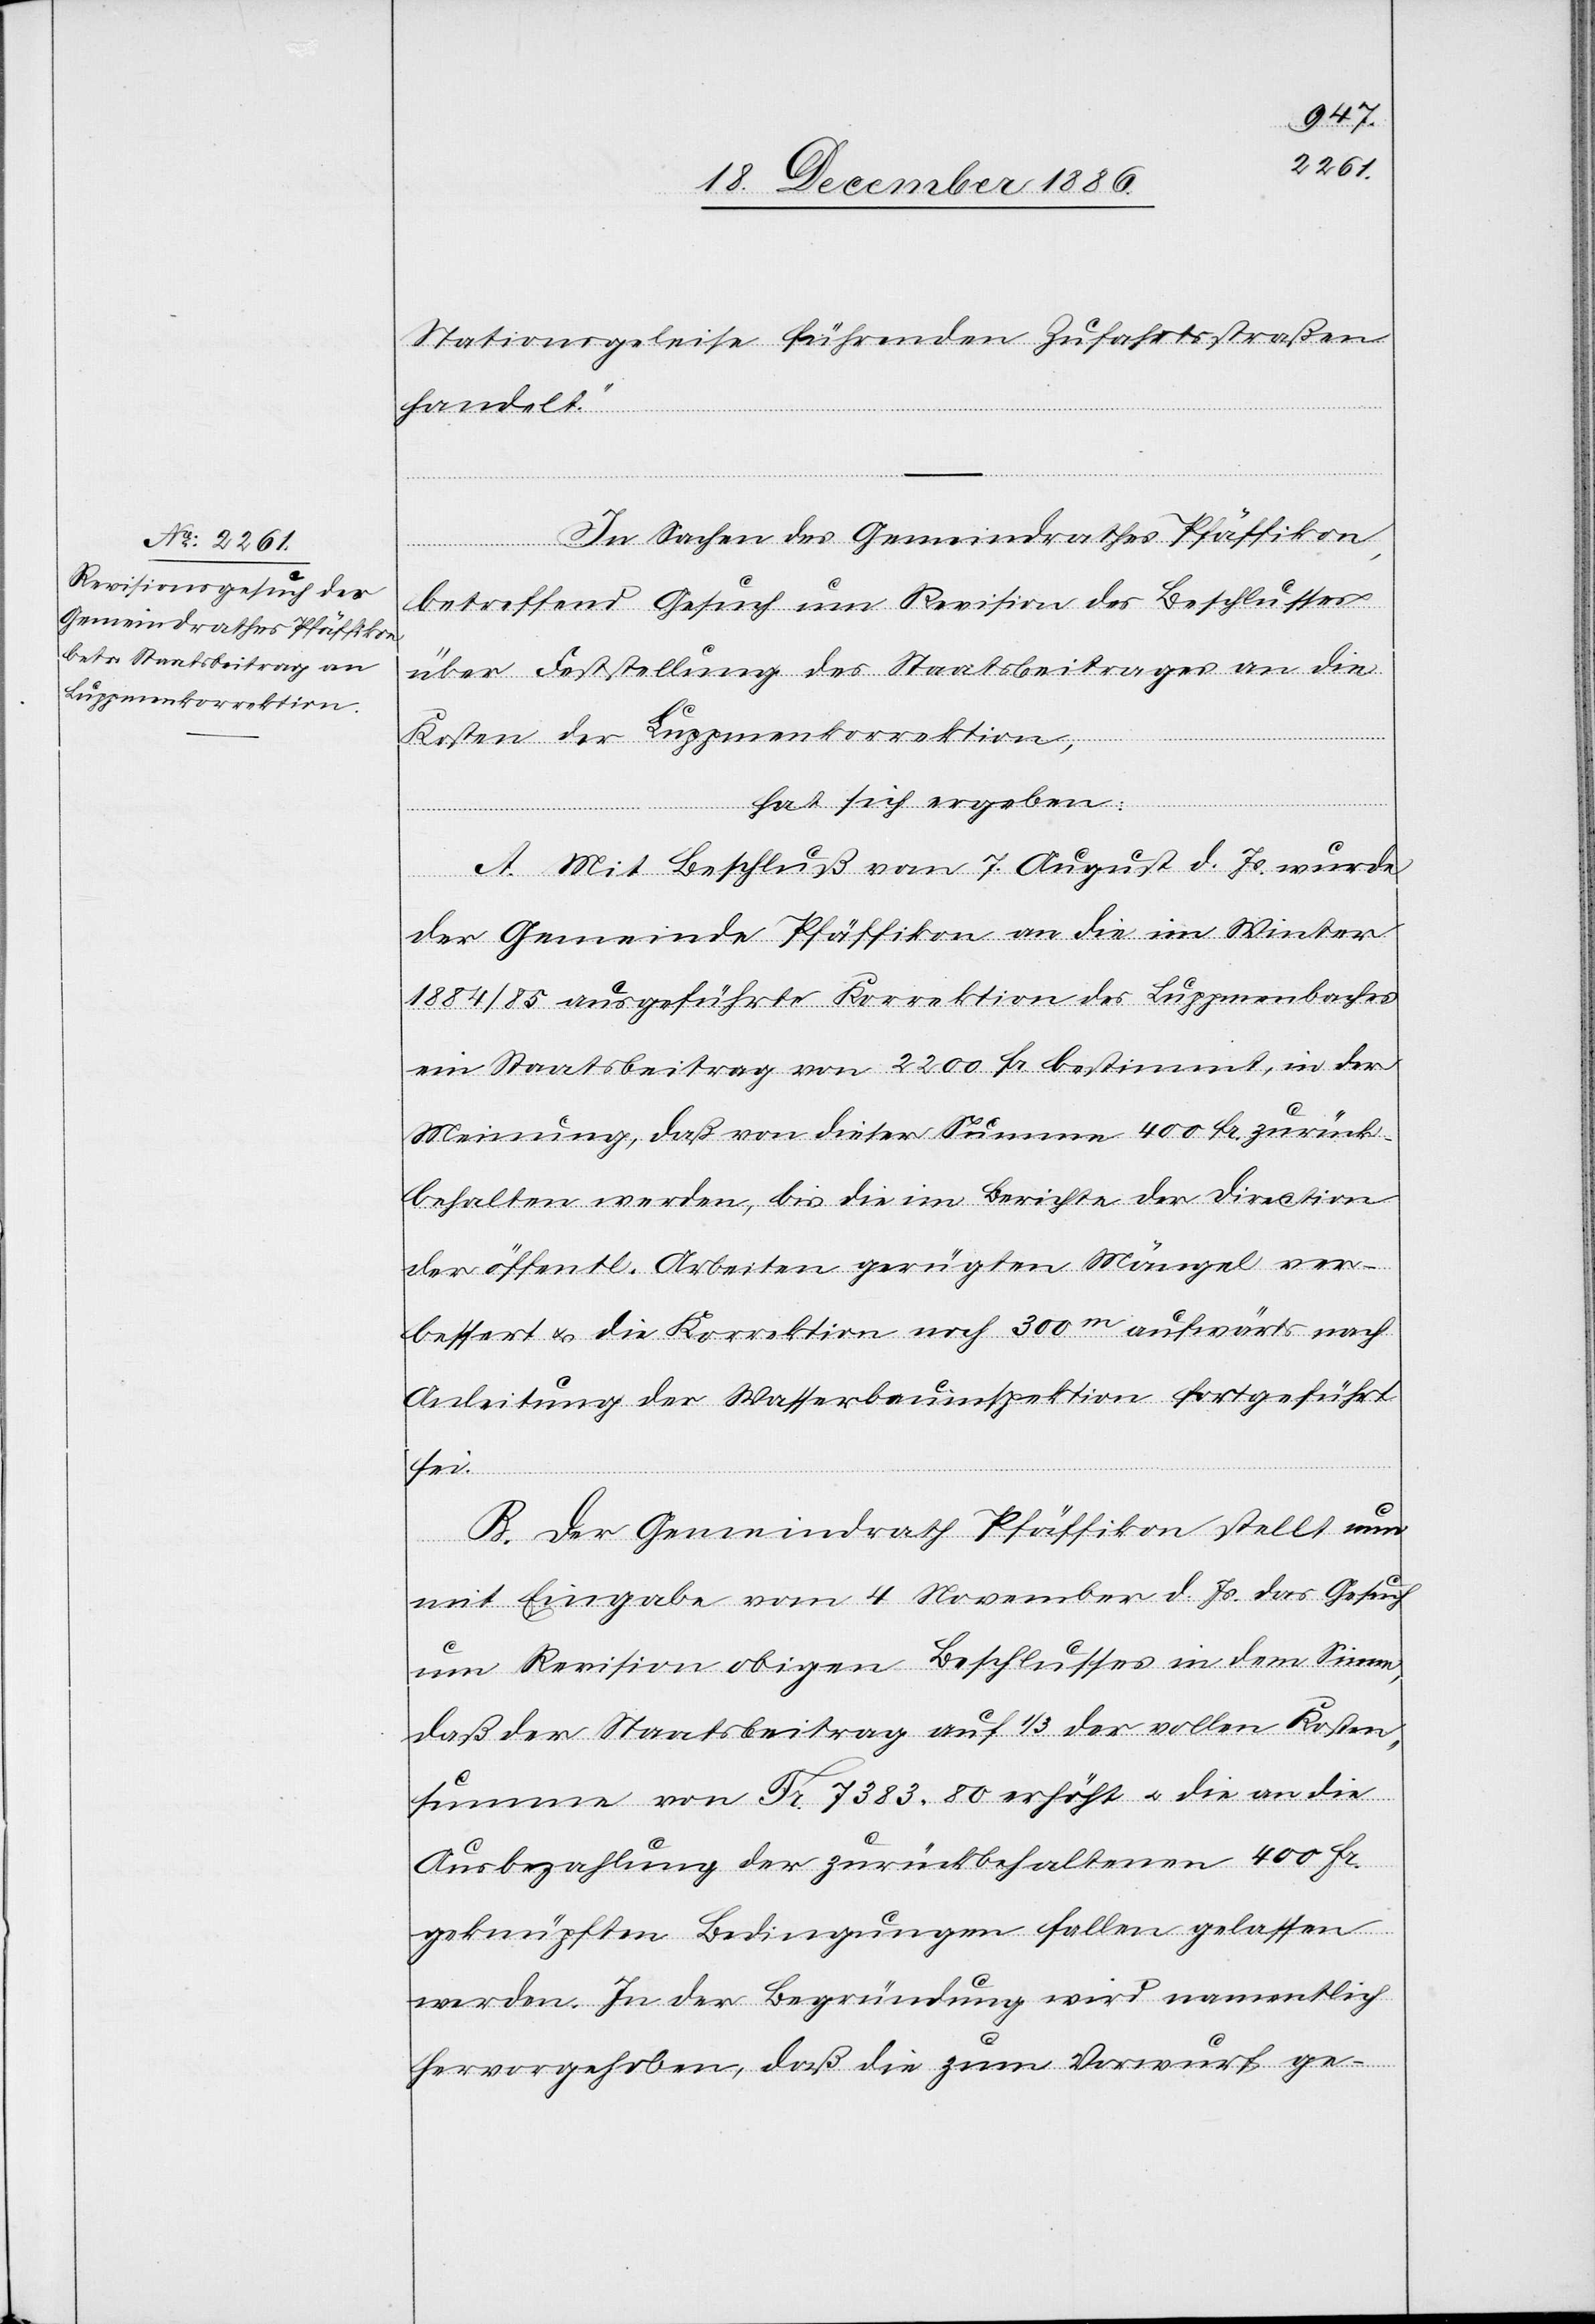
Stationsgeleise führenden Zufahrtsstraßen
handelt.“
In Sachen des Gemeindrathes Pfäffikon,
betreffend Gesuch um Revision des Beschlusses
über Feststellung des Staatsbeitrages an die
Kosten der Luppmenkorrektion,
hat sich ergeben:
A. Mit Beschluß vom 7. August d. Js. wurde
der Gemeinde Pfäffikon an die im Winter
1884/85 ausgeführte Korrektion des Luppmenbaches
ein Staatsbeitrag von 2200 Fr. bestimmt, in der
Meinung, daß von dieser Summe 400 Fr. zurück¬
behalten werden, bis die im Berichte der Direction
der öffentl. Arbeiten gerügten Mängel ver¬
bessert & die Korrektion noch 300m aufwärts nach
Anleitung der Wasserbauinspektion fortgeführt
sei.
B. Der Gemeindrath Pfäffikon stellt nun
mit Eingabe vom 4. November d. Js. das Gesuch
um Revision obigen Beschlusses in dem Sinne,
daß der Staatsbeitrag auf 1/3 der vollen Kosten¬
summe von Fr. 7383 80 erhöht & die an die
Ausbezahlung der zurückbehaltenen 400 Fr.
geknüpften Bedingungen fallen gelassen
werden. In der Begründung wird namentlich
hervorgehoben, daß die zum Vorwurf ge-